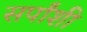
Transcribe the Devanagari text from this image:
सर्पांशी